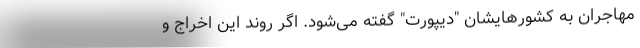
مهاجران به کشورهایشان "دیپورت" گفته می‌شود. اگر روند این اخراج و